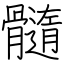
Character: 髓